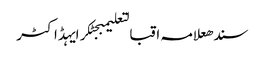
سندھعلامہ اقبالتعلیمبجٹکرایہڈاکٹر